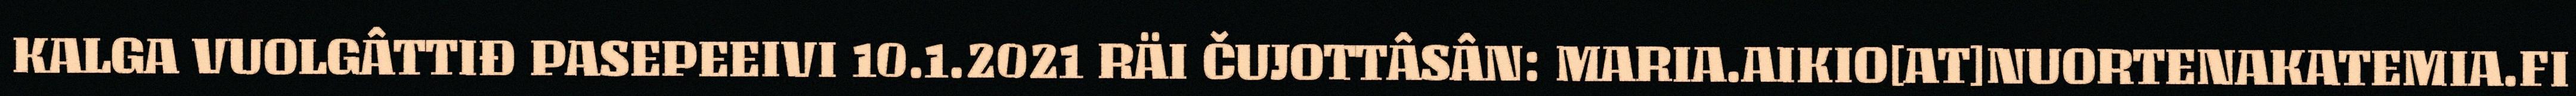
KALGA VUOLGÂTTIĐ PASEPEEIVI 10.1.2021 RÄI ČUJOTTÂSÂN: MARIA.AIKIO[AT]NUORTENAKATEMIA.FI